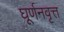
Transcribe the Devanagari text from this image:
घूर्णनवृत्त